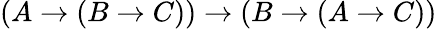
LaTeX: (A\to(B\to C))\to(B\to(A\to C))